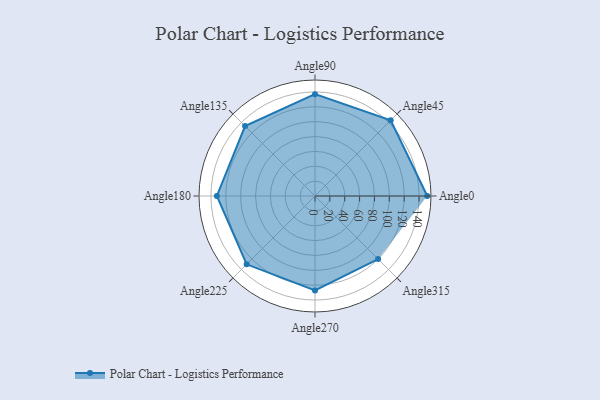
{"axis": {"x": "Angle", "y": "Radius"}, "legend": [""], "data": [{"x": "Angle0", "y": 151.0, "type": ""}, {"x": "Angle45", "y": 144.0, "type": ""}, {"x": "Angle90", "y": 137.0, "type": ""}, {"x": "Angle135", "y": 133.0, "type": ""}, {"x": "Angle180", "y": 132.0, "type": ""}, {"x": "Angle225", "y": 130.0, "type": ""}, {"x": "Angle270", "y": 127.0, "type": ""}, {"x": "Angle315", "y": 120.0, "type": ""}]}